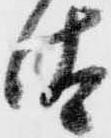
汰